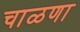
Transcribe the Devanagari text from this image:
चाळणा